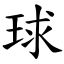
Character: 球